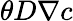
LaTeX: \theta D\nabla c